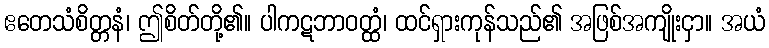
ဧတေသံစိတ္တနံ၊ ဤစိတ်တို့၏။ ပါကဋဘာဝတ္ထံ၊ ထင်ရှားကုန်သည်၏ အဖြစ်အကျိုးငှာ။ အယံ